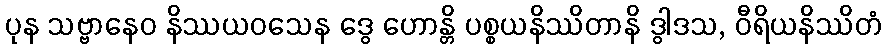
ပုန သဗ္ဗာနေဝ နိဿယဝသေန ဒွေ ဟောန္တိ ပစ္စယနိဿိတာနိ ဒွါဒသ, ဝီရိယနိဿိတံ